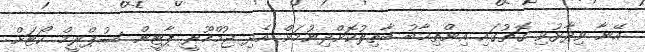
އޭނާ ވިދާޅުވި ގޮތުގައި އިންތިޚާބު ބާތިލުކޮށްދިނުމަށް އެދި ޖުމްހޫރީ ޕާޓީން ސުޕްރީމް ކޯޓަށް